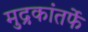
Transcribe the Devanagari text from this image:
मुद्रकांतर्फे